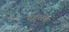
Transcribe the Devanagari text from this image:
दहुराया